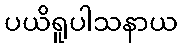
ပယိရူပါသနာယ